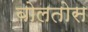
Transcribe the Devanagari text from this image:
बोलतोस